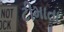
ટીમાતા